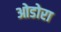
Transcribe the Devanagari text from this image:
ओडोरा